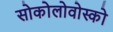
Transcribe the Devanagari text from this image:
सोकोलोवोस्को